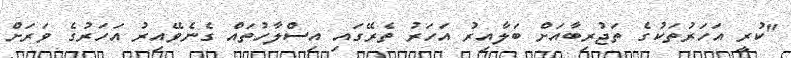
"ކުރީ އަހަރުތަކުގެ ތަޖުރިބާއަށް ބަލާއިރު އަހަރު ތެރޭގައި އިސްލާހުތައް ގެނެވޭއިރު އަހަރުގެ ވަރަށް